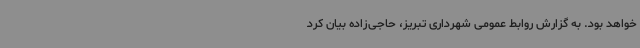
خواهد بود. به گزارش روابط عمومی شهرداری تبریز، حاجی‌زاده بیان کرد